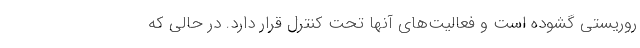
روریستی گشوده است و فعالیت‌های آنها تحت کنترل قرار دارد. در حالی که